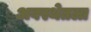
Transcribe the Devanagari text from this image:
अवस्थेतला